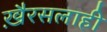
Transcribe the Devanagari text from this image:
खै़रसलाही